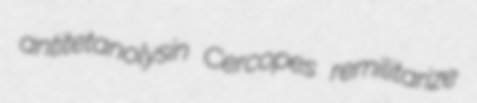
antitetanolysin Cercopes remilitarize